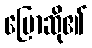
ပြောဆို၏